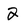
Character: 2